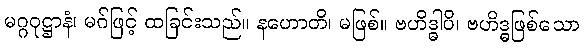
မဂ္ဂဝုဋ္ဌာနံ၊ မဂ်ဖြင့် ထခြင်းသည်။ နဟောတိ၊ မဖြစ်။ ဗဟိဒ္ဓါပိ၊ ဗဟိဒ္ဓဖြစ်သော